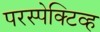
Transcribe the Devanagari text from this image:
परस्पेक्टिव्ह